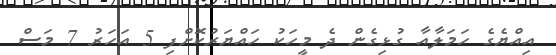
އިއްޔެގެ ހަމަލާއާ ގުޅިގެން ދެ މީހަކު ހައްޔަރުކޮށްފި 5 އަހަރު 7 މަސް